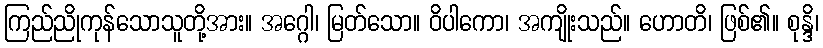
ကြည်ညိုကုန်သောသူတို့အား။ အဂ္ဂေါ၊ မြတ်သော။ ဝိပါကော၊ အကျိုးသည်။ ဟောတိ၊ ဖြစ်၏။ စုန္ဒိ၊